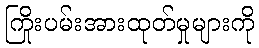
ကြိုးပမ်းအားထုတ်မှုများကို